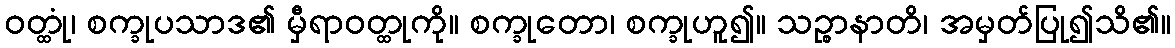
ဝတ္ထုံ၊ စက္ခုပသာဒ၏ မှီရာဝတ္ထုကို။ စက္ခုတော၊ စက္ခုဟူ၍။ သဉ္စာနာတိ၊ အမှတ်ပြု၍သိ၏။